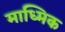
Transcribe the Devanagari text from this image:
माध्मिक